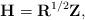
LaTeX: \begin{align*}{\bf H}={\bf R}^{1/2}{\bf Z},\end{align*}